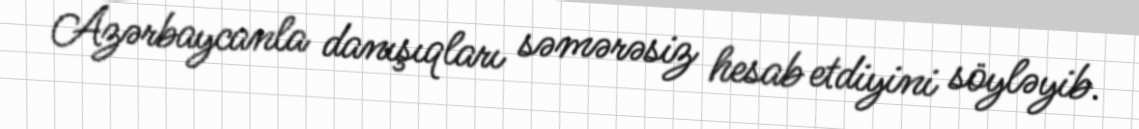
Azərbaycanla danışıqları səmərəsiz hesab etdiyini söyləyib.